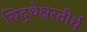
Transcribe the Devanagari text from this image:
सिद्धेश्वरतीर्थ